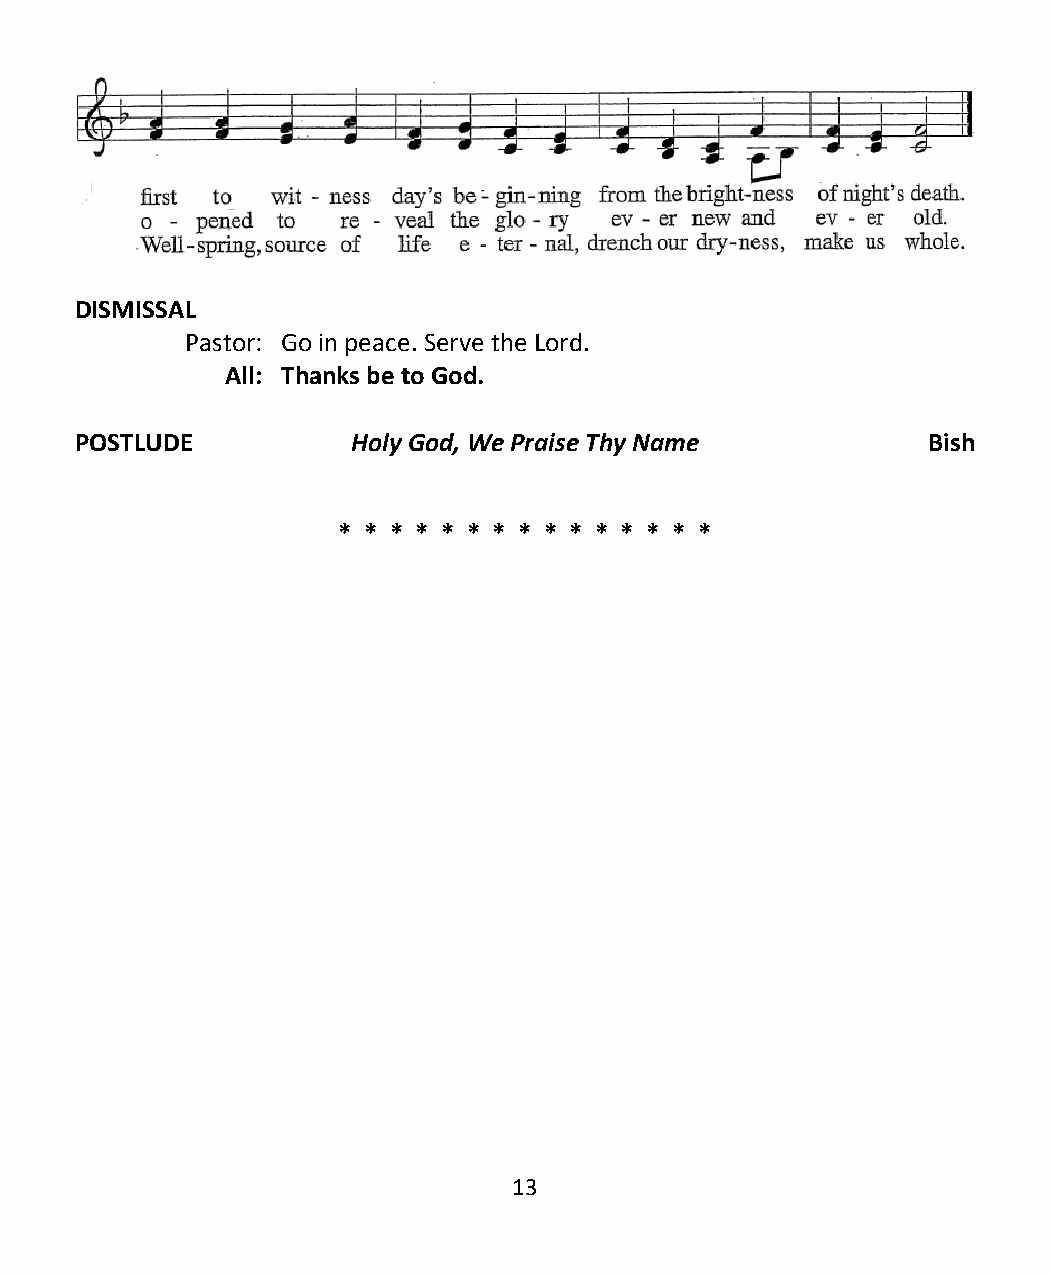
DISMISSAL
 Pastor: Go in peace. Serve the Lord.
 All: Thanks be to God.
 POSTLUDE          Holy God, We Praise Thy Name          Bish
 * * * * * * * * * * * * * * *
 13